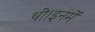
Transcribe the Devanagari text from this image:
थीं।इनमें